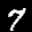
Label: 7